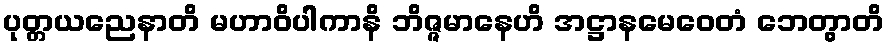
ပုတ္တယညေနာတိ မဟာဝိပါကာနိ ဘိဇ္ဇမာနေဟိ အဋ္ဌာနမေဝေတံ ဘေတွာတိ